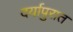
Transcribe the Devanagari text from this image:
दर्यापुरात